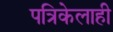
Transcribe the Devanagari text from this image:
पत्रिकेलाही